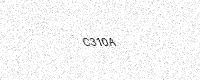
Text: C310A